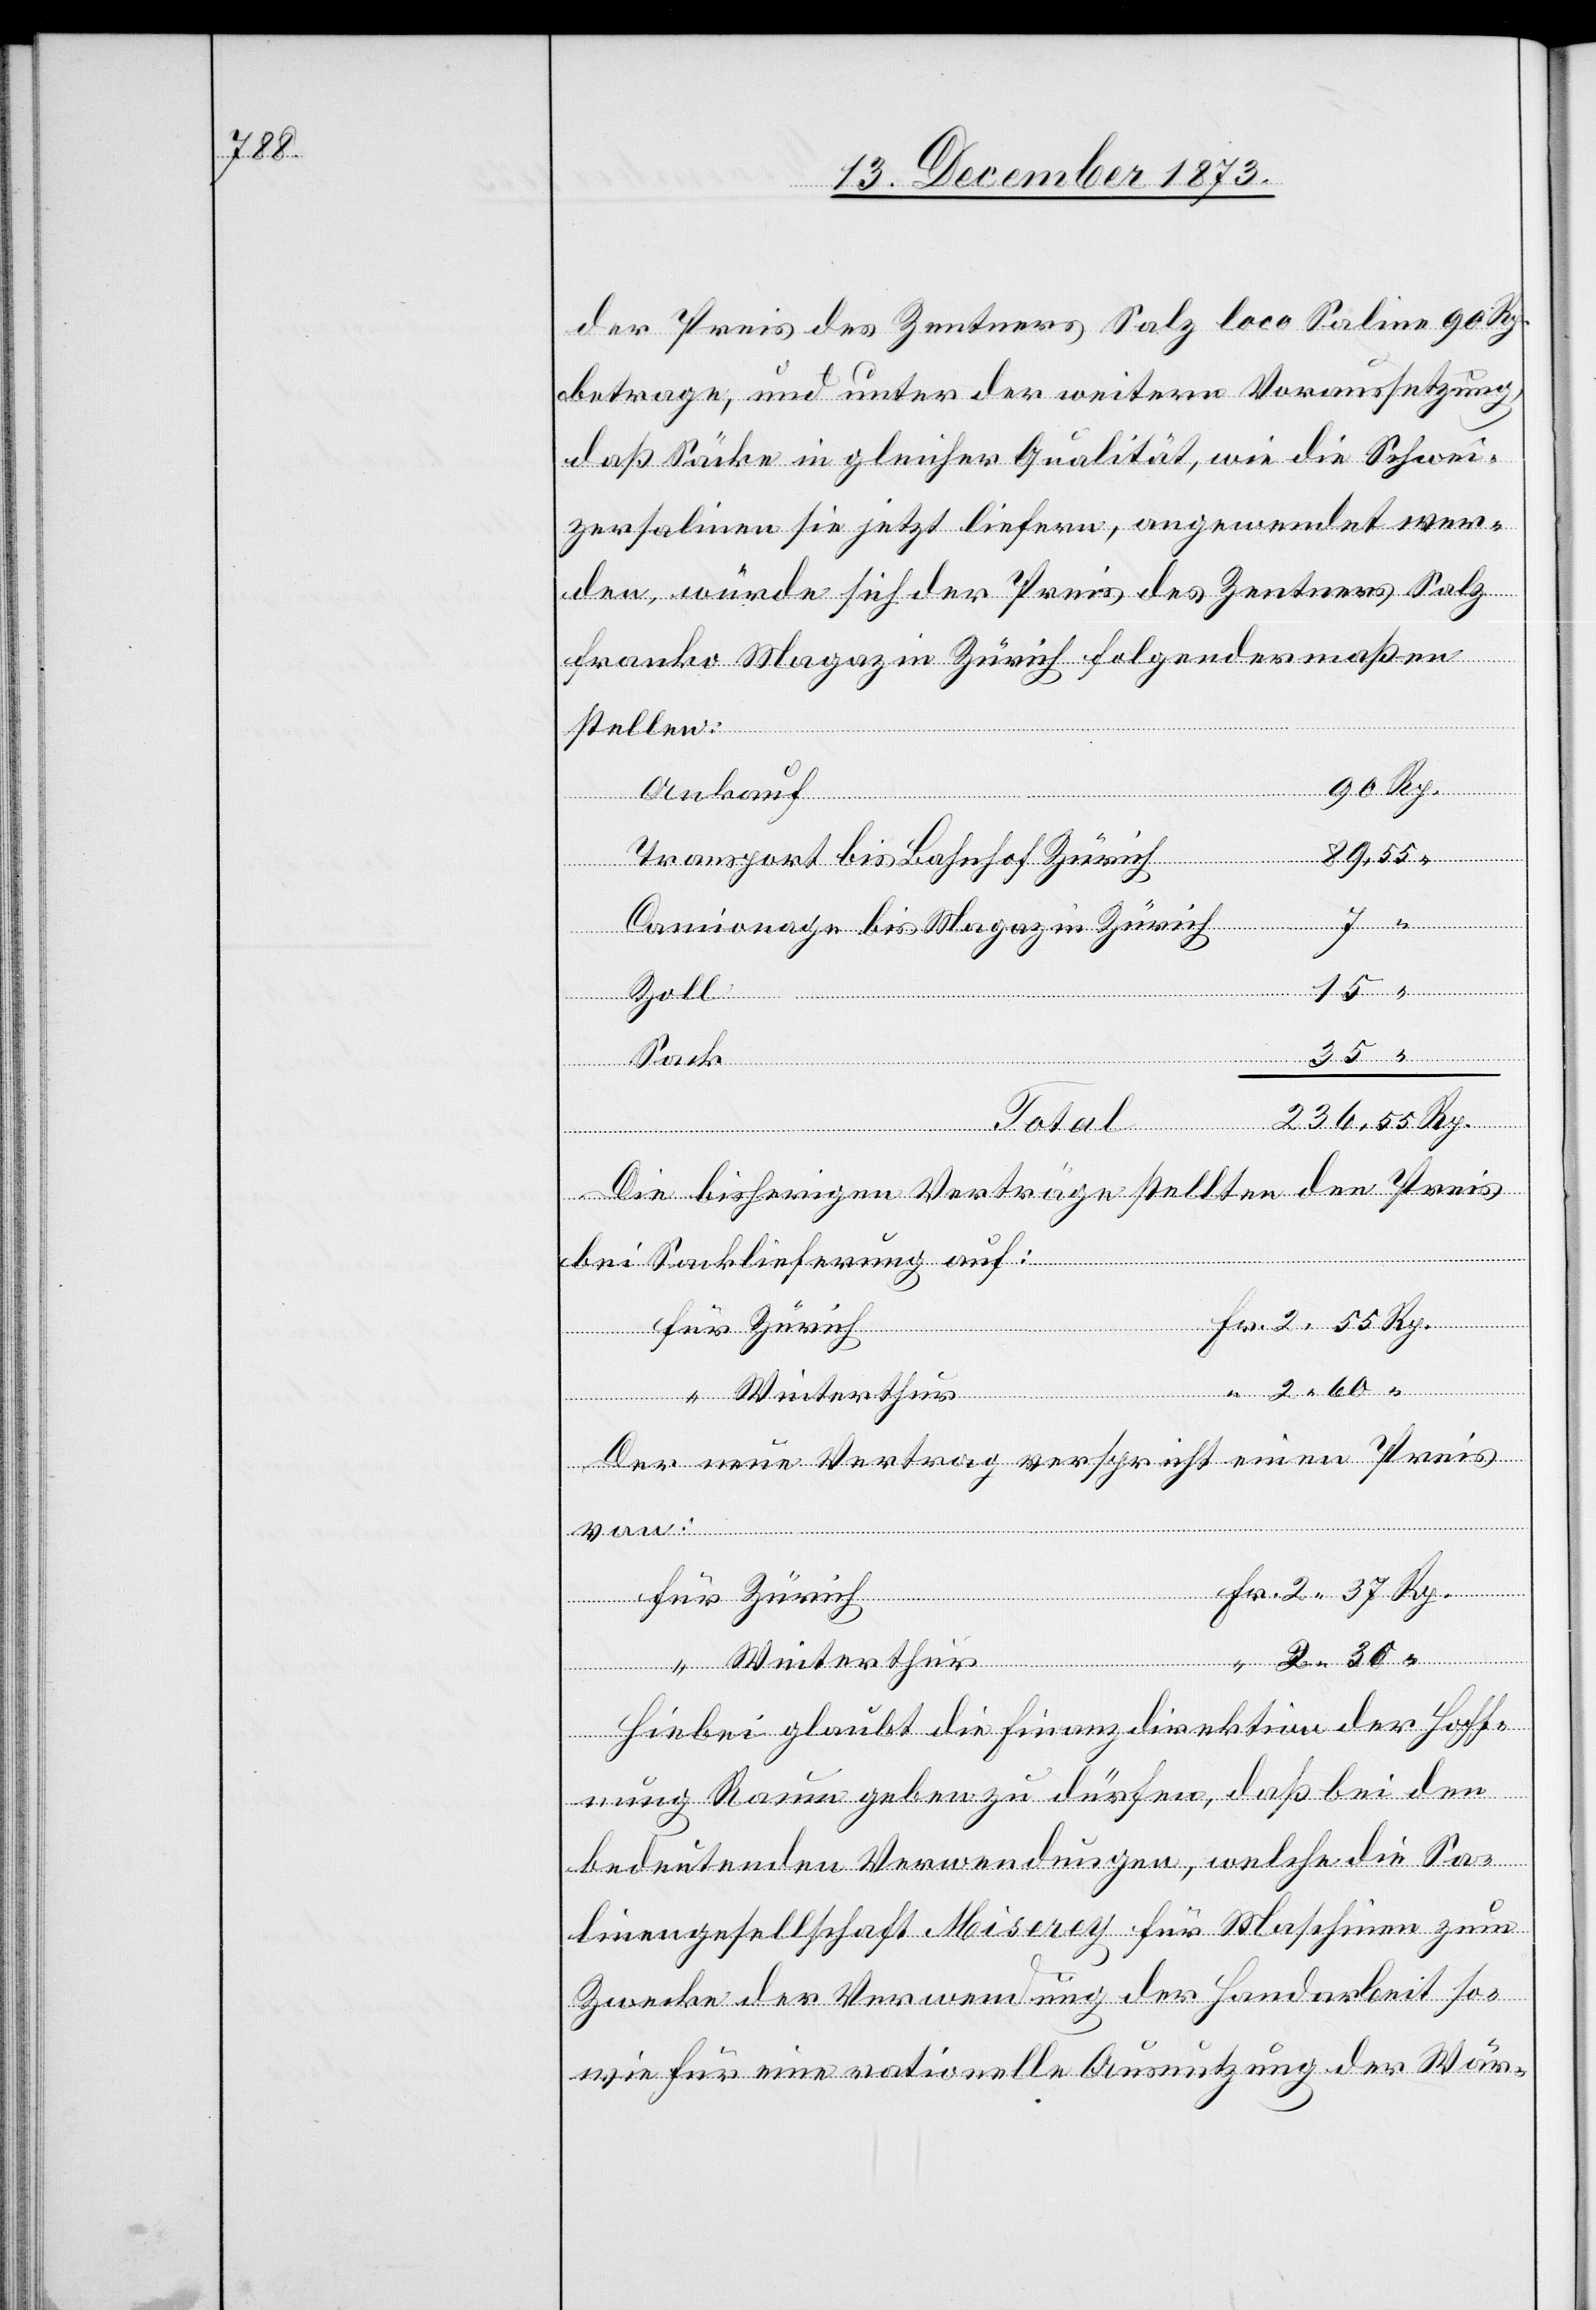
37 Rp.

der Preis des Zentners Salz loco Saline 90 Rp.
betrage, und unter der weitern Voraussetzung,
daß Säcke in gleicher Qualität, wie die Schwei¬
zersalinen sie jetzt liefern, angewendet wer¬
den, würde sich der Preis des Zentners Salz
franko Magazin Zürich folgendermaßen
stellen:
Ankauf
Rp.
Transport bis Bahnhof Zürich
Camionage bis Magazin Zürich
von:
2 55 Rp.
Die bisherigen Verträge stellten den Preis
bei Sacklieferung auf:
Der neue Vertrag verspricht einen Preis
Fr.
Winterthur
Hiebei glaubt die Finanzdirektion der Hoff¬
nung Raum geben zu dürfen, daß bei den
bedeutenden Verwendungen, welche die Sa¬
linengesellschaft Miserey für Maschinen zum
Zwecke der Verwendung der Handarbeit so¬
wie für eine rationelle Ausnutzung der Wär-